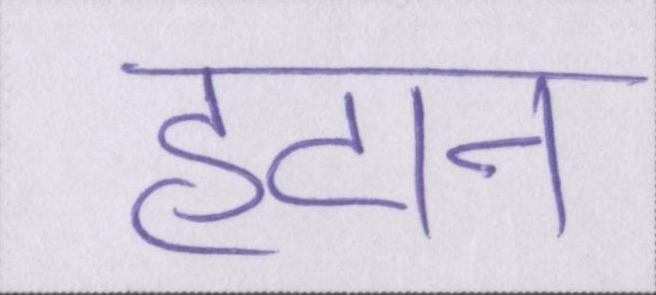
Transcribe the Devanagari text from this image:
हटान